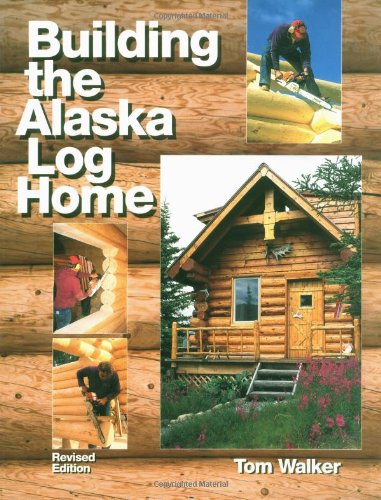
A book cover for Building the Alaska Log Home; Tom Walker; Travel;